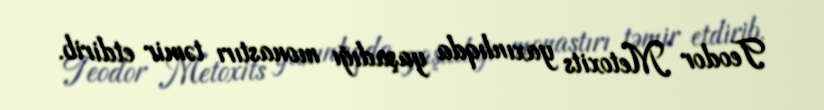
Teodor Metoxits yaxınlıqda yaşadığı monastırı təmir etdirib.